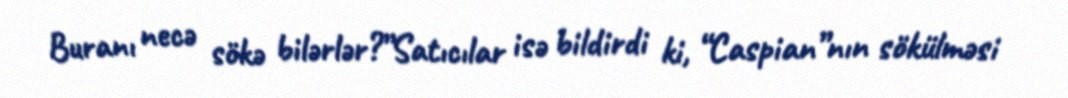
Buranı necə sökə bilərlər?”Satıcılar isə bildirdi ki, “Caspian”nın sökülməsi